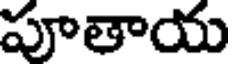
పూతాయ